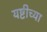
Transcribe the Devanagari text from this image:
यष्टीच्या